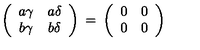
\left( \begin{array} { c c } { a \gamma } & { a \delta } \\ { b \gamma } & { b \delta } \\ \end{array} \right) \: = \: \left( \begin{array} { c c } { 0 } & { 0 } \\ { 0 } & { 0 } \\ \end{array} \right)